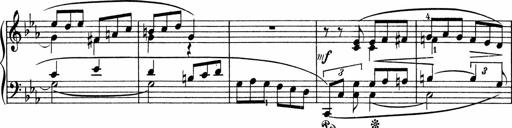
Title: 3 Sonatinen fÃ¼r Pianoforte
Composer: Fritz von Bose